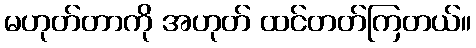
မဟုတ်တာကို အဟုတ် ထင်တတ်ကြတယ်။